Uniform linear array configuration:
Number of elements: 12
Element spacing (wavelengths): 0.25
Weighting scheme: exponential
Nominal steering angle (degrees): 15
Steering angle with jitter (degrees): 15.776
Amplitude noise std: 0.05
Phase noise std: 0.05

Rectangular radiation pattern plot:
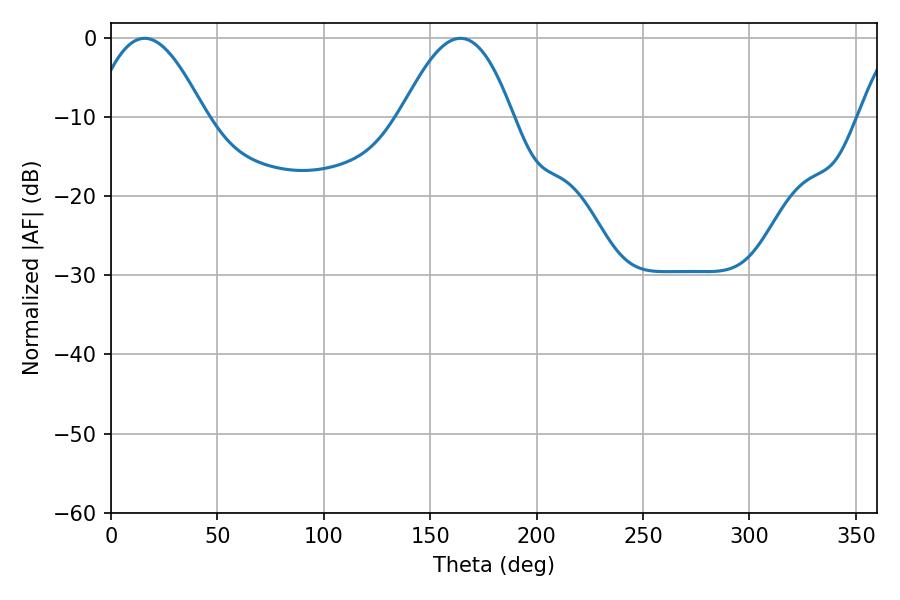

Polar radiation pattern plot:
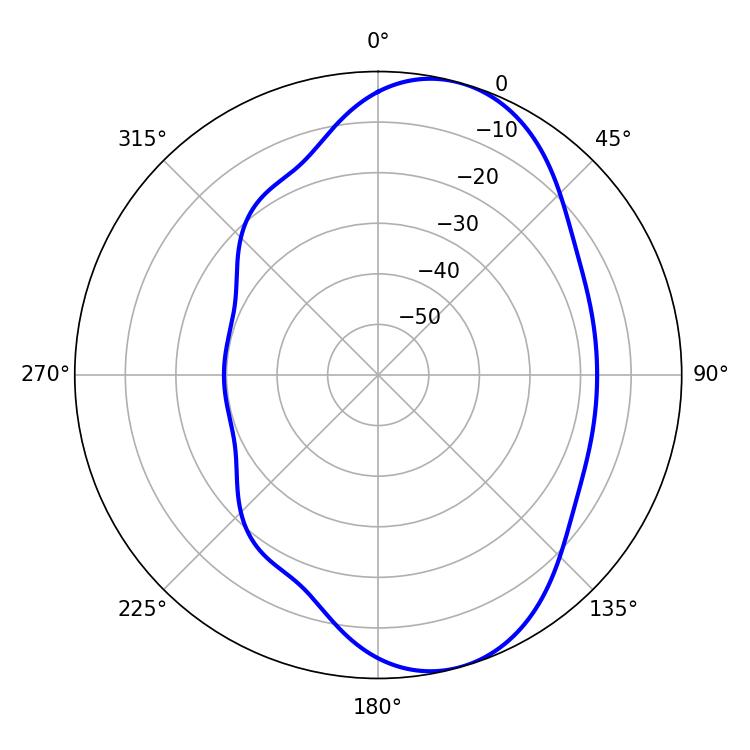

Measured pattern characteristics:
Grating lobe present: FALSE
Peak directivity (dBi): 7.711
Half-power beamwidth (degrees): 28.44
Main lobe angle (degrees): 15.84